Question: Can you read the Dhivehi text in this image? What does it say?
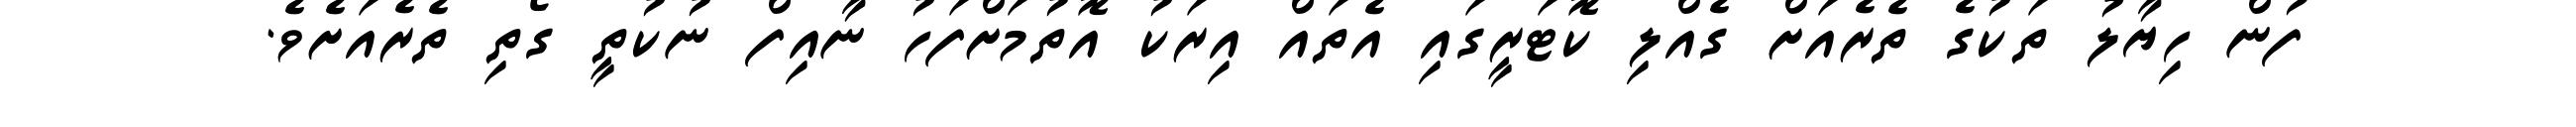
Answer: ފުން ހިޔާލު ތަކުގެ ތެރެއަށް ގެއްލި ކޮޓަރީގައި އެތައް އިރަކު އޮތުމަށްފަހު ނާއިފް ނުކުތީ ގޯތި ތެރެއަށެވެ.